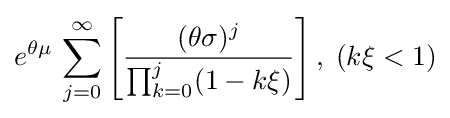
e^{\theta \mu }\,\sum _{j=0}^{\infty }\left[{\frac {(\theta \sigma )^{j}}{\prod _{k=0}^{j}(1-k\xi )}}\right],\;(k\xi <1)